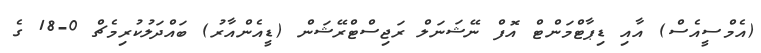
(އެމްސީއެސް) އާއި ޑިޕާޓްމަންޓް އޮފް ނޭޝަނަލް ރަޖިސްޓްރޭޝަން (ޑީއެންއާރު) ބައްދަލުކުރިމެޗް 0-18 ގެ